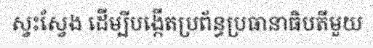
ស្វះស្វែង ដើម្បីបង្កើតប្រព័ន្ធប្រធានាធិបតីមួយ